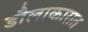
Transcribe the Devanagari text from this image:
डौलाकारात